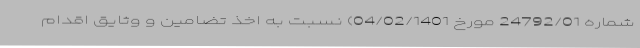
شماره 24792‌/01 مورخ 04‌/02‌/1401) نسبت به اخذ تضامین و وثایق اقدام